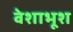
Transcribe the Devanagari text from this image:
वेशाभूश